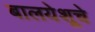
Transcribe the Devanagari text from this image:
बालयेशूचे